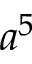
a ^ { 5 }